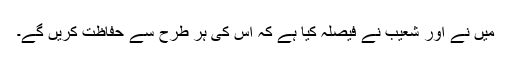
میں نے اور شعیب نے فیصلہ کیا ہے کہ اس کی ہر طرح سے حفاظت کریں گے۔